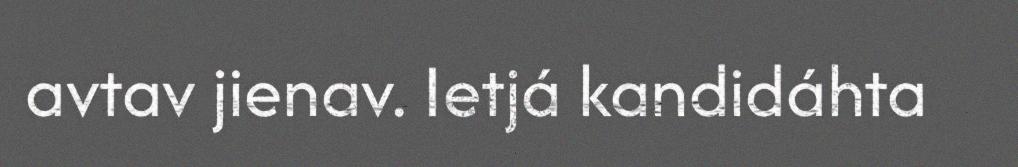
avtav jienav. Ietjá kandidáhta